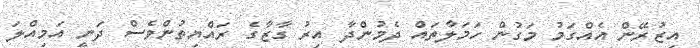
އިޒުރޭން އެއްގަމު މަގުން ހަމަލާތައް ދެމުންދާ އިރު ގާޒާގެ ރައްޔިތުންވެސް ދަނީ އަމިއްލަ